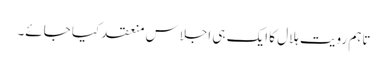
تاہم رویت ہلال کا ایک ہی اجلاس منعقد کیا جائے۔